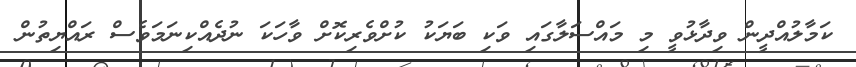
ކަމާލުއްދީން ވިދާޅުވީ މި މައްސަލާގައި ވަކި ބަޔަކު ކުށްވެރިކޮށް ވާހަކަ ނުދެއްކިނަމަވެސް ރައްޔިތުން